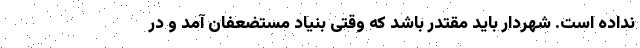
نداده است. شهردار باید مقتدر باشد که وقتی بنیاد مستضعفان آمد و در